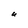
Character: U